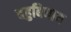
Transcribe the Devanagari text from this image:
बहुबिधाय